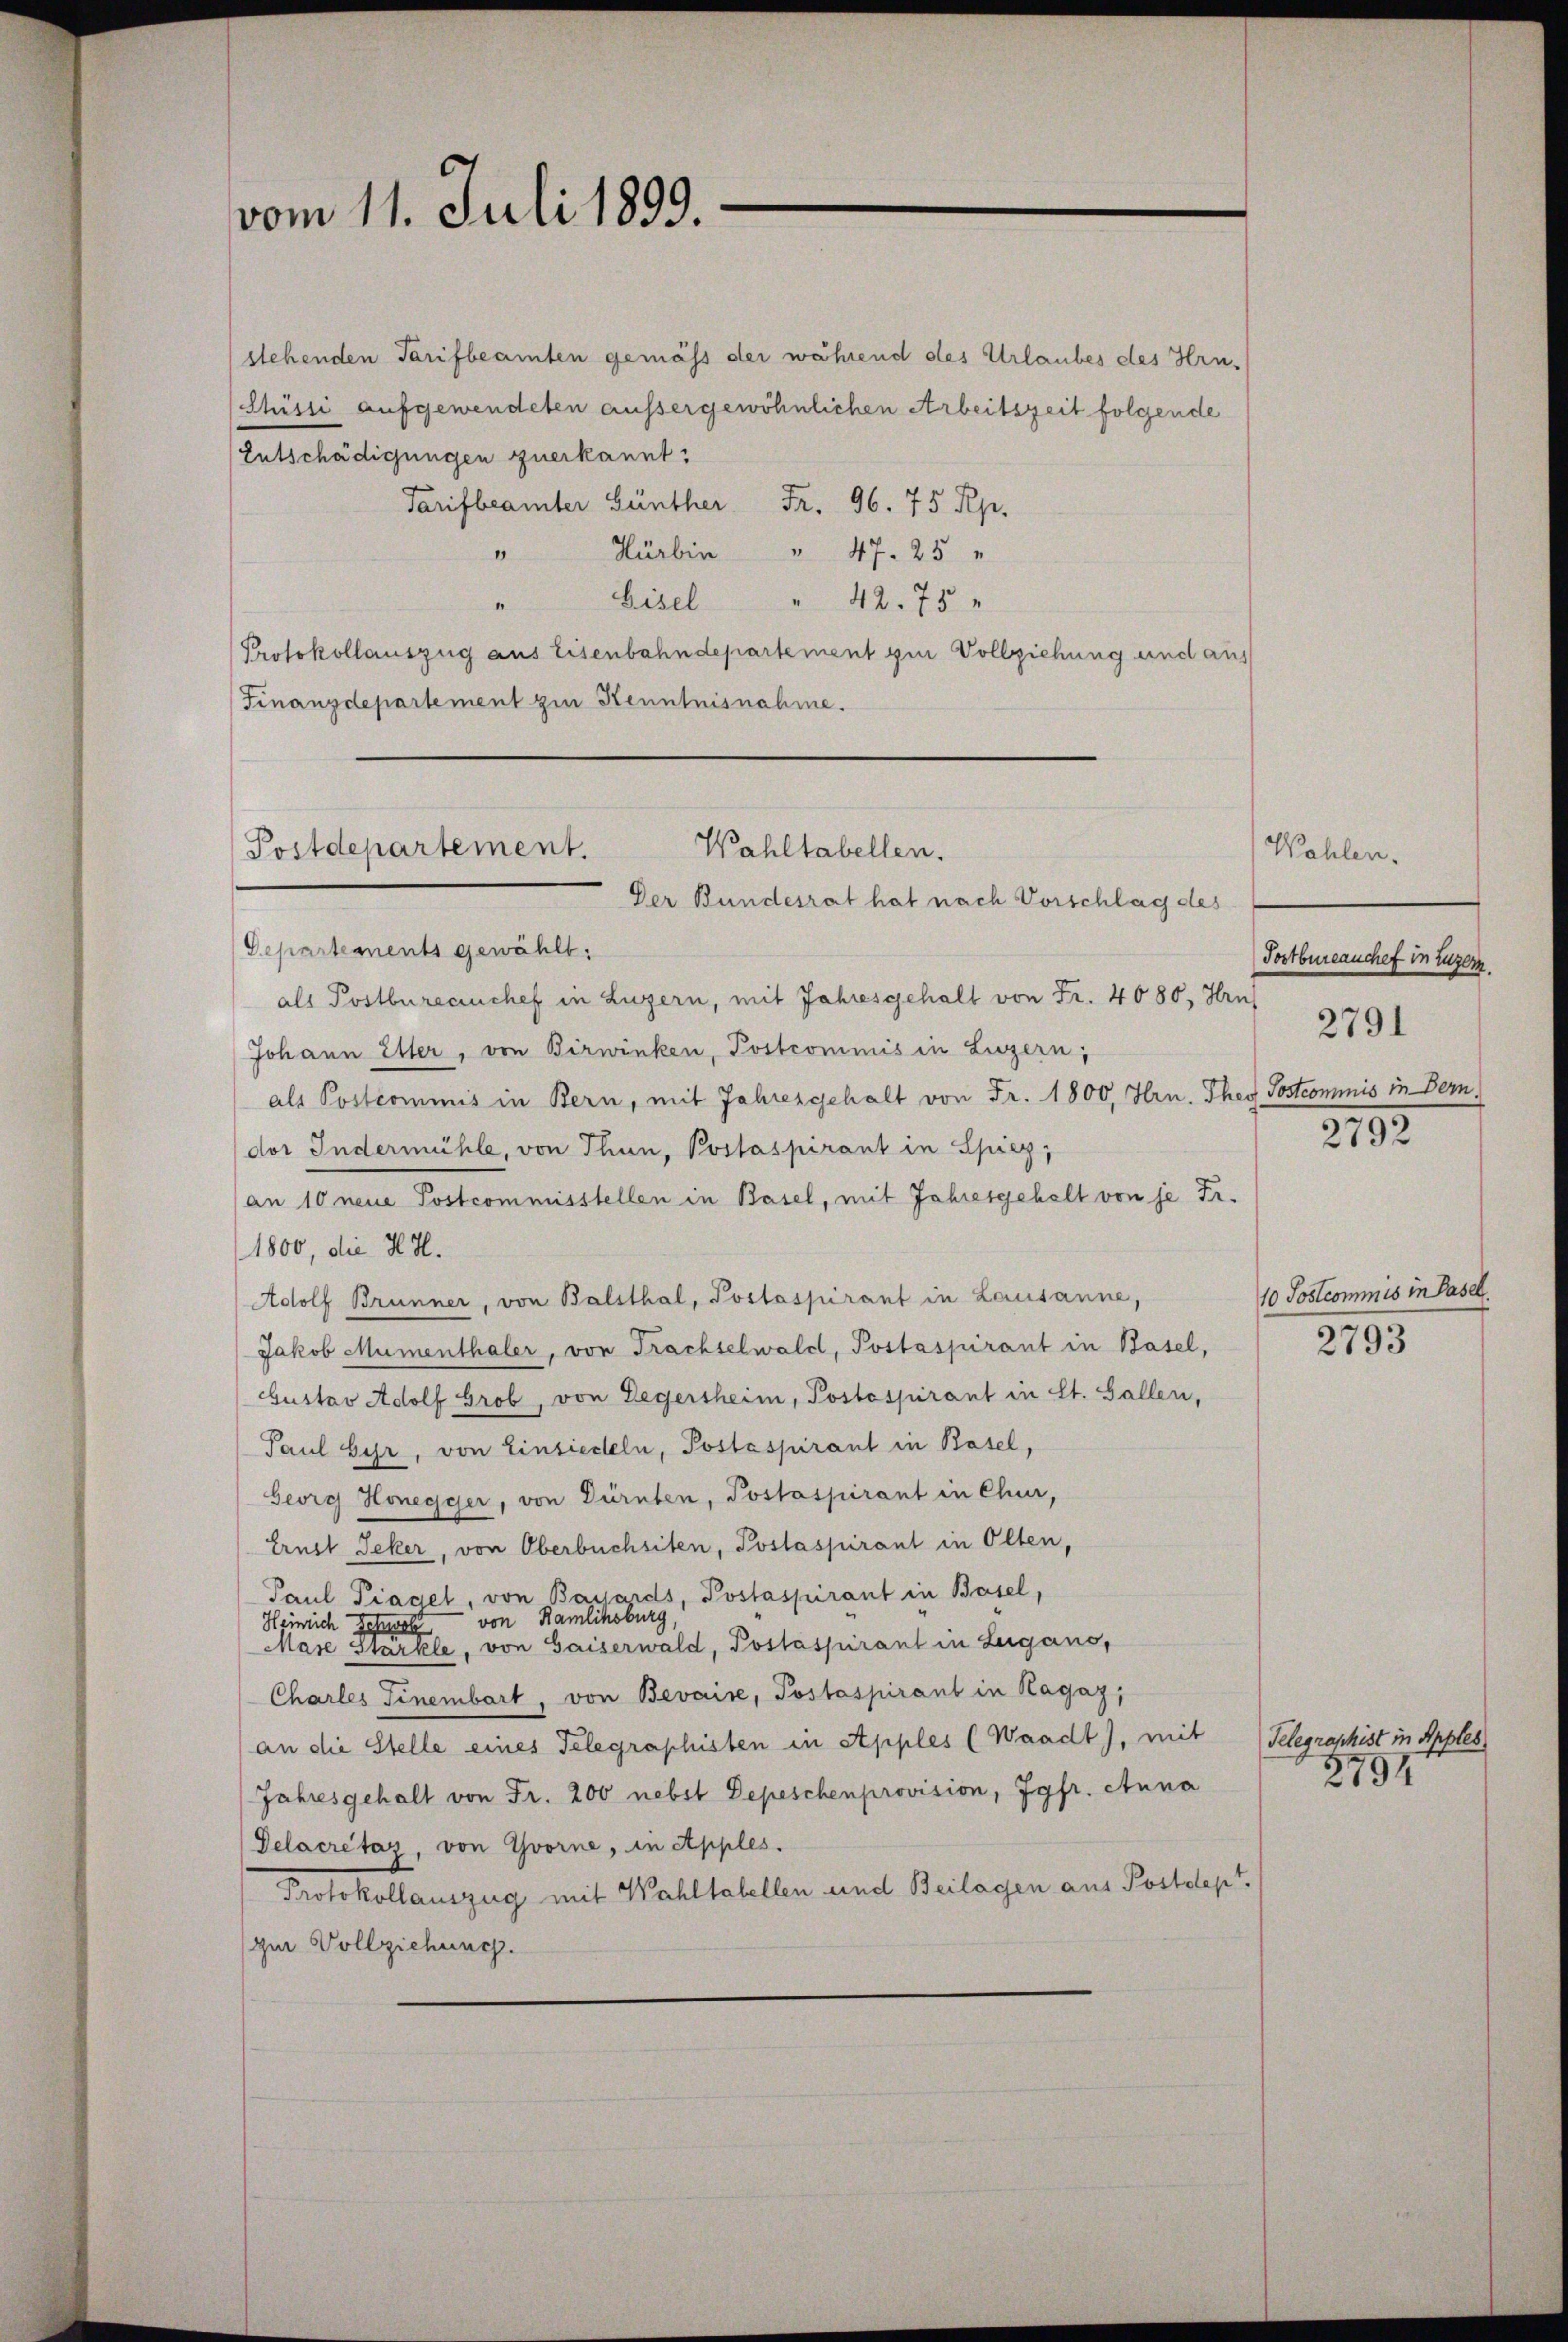
vom 11. Juli 1899.

stehenden Tarifbeamten gemäss der während des Urlaubes des Hrn.
Shüsii aufgewendeten aussergewöhnlichen Arbeitszeit folgende
Entschädigungen zuerkannt:
Tarifbeamter Günther Fr. 96. 75 Rp.
Hürbin " 47. 25 "
0
Lisel " 42. 75 "
Protokollauszug aus Eisenbahndepartement ein Vollziehung und aus
Finanzdepartement zur Kenntnisnahme.

Wahltabellen.
Postdepartement.
Der Bundesrat hat nach Vorschlag des

Departements gewählt:
als Postbureauchef in Luzern, mit Jahresgehalt von Fr. 4080, Hrn
Johann Elter, von Birwinken, Postcommis in Luzern,
als Postcommis in Bern, mit Jahresgehalt von Fr. 1800, Hrn. Ther Postcommis in Bern,
dor Indermühle, von Thun, Postaspirant in Spiez,
an 10 neue Postcommisstellen in Basel, mit Jahresgehalt von je Fr.
1800, die H.H.
Adolf Brünner, von Balsthal, Poslaspirant in Lausanne,
Jakob Mumenthaler, von Frachselwald, Postaspirant in Basel,
bustav Adolf Grob, von Legersheim, Postspirant in St. Gallen,
Paul ber, von Einsiedeln, Postaspirant in Basel,
Georg Honegger, von Dürnten, Postaspirant in Chur,
Ernst Jeker, von Oberbuchsiten, Postaspirant in Olten,
Paul Piadel, von Bauards, Postaspirant in Basel,
Heinrich Schwell von Kamlihsburg,
Mase Stärkle, von Gaiserwald, Postaspirant in Lugano,
Charles Finenbart, von Bevaise, Postaspirant in Hagaz;
an die Stelle eines Telegraphisten in Apples (Waadt), mit
Jahresgehalt von Fr. 200 nebst Depeschenprovision, Jgfr. Anna
Delacrétaz, von Yvorne, in Apples.
Protokollauszug mit Wahltabellen und Beilagen aus Postdept.
zur Vollziehung.

Wahlen.
Postbureauchef in Luzern.

2791

2792

10 Postcommis in Pasel.

2793

Telegraphist in Apples
2754